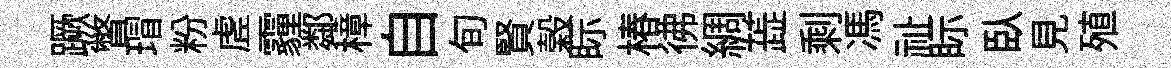
蹶瞥瑁粉虗霾鄰樟自旬賢榖眎椿彿綢蕋剩馮祉眎臥見殖